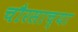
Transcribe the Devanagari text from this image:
चौरसाच्या